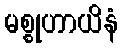
မစ္စုဟာယိနံ